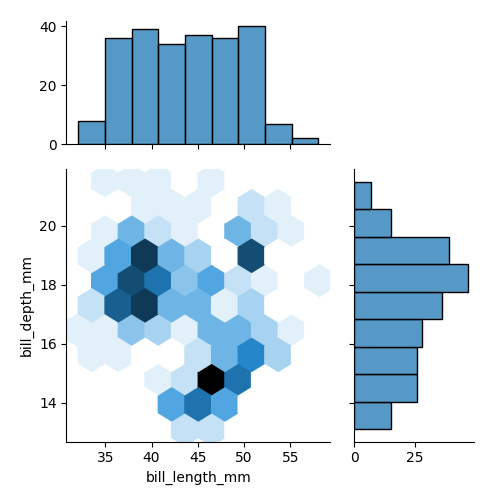
python, seaborn, jointplot, kind='hex', height='5', ratio='2', marginal_ticks='True'